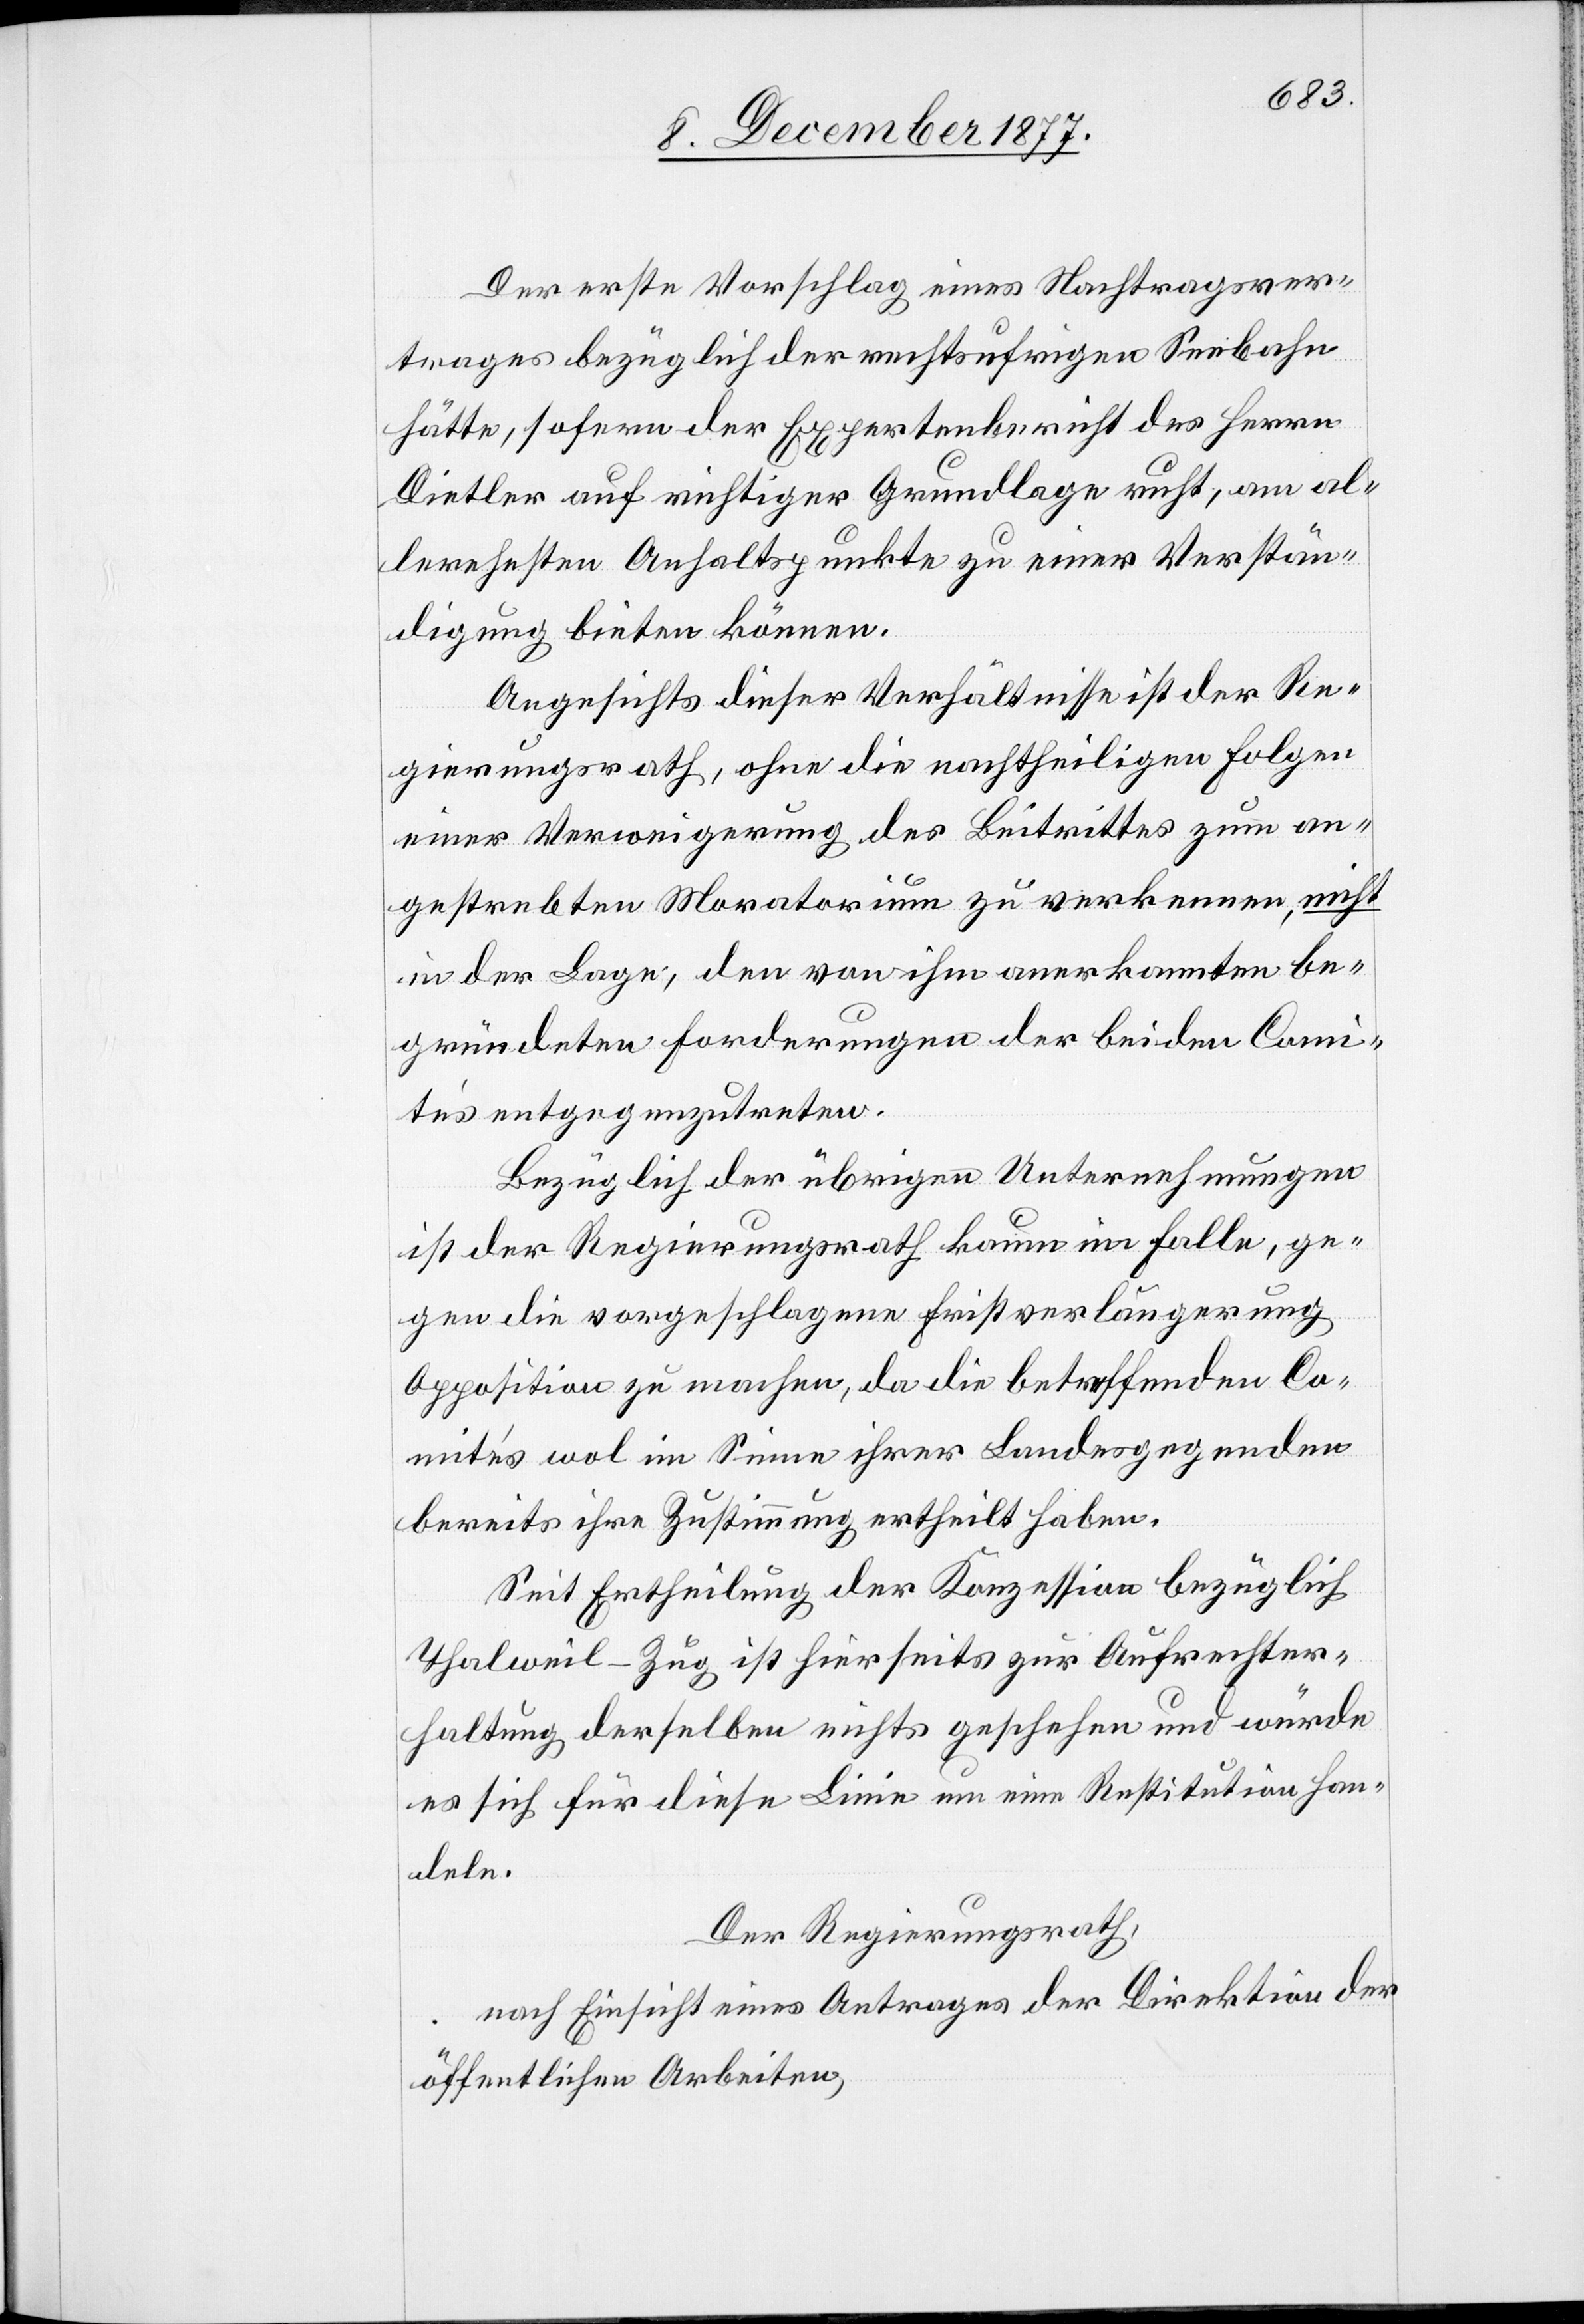
Der erste Vorschlag eines Nachtragsver¬
trages bezüglich der rechtsufrigen Seebahn
hätte, sofern der Expertenbericht des Herrn
Dietler auf richtiger Grundlage ruht, am al¬
lerehesten Anhaltspunkte zu einer Verstän¬
digung bieten können.
Angesichts dieser Verhältnisse ist der Re¬
gierungsrath, ohne die nachtheiligen Folgen
einer Verweigerung des Beitrittes zum an¬
gestrebten Moratorium zu verkennen, nicht
in der Lage, den von ihm anerkannten be¬
gründeten Forderungen der beiden Comi¬
tés entgegenzutreten.
Bezüglich der übrigen Unternehmungen
ist der Regierungsrath kaum im Falle, ge¬
gen die vorgeschlagene Fristverlängerung
Opposition zu machen, da die betreffenden Co¬
mités wol im Sinne ihrer Landesgegenden
bereits ihre Zustimmung ertheilt haben.
Seit Ertheilung der Konzession bezüglich
Thalweil–Zug ist hierseits zur Aufrechter¬
haltung derselben nichts geschehen und würde
es sich für diese Linie um eine Restitution han¬
deln.
Der Regierungsrath,
nach Einsicht eines Antrages der Direktion der
öffentlichen Arbeiten,